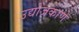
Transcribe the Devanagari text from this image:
उद्योजकाणे